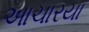
આચારયા